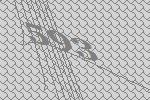
593